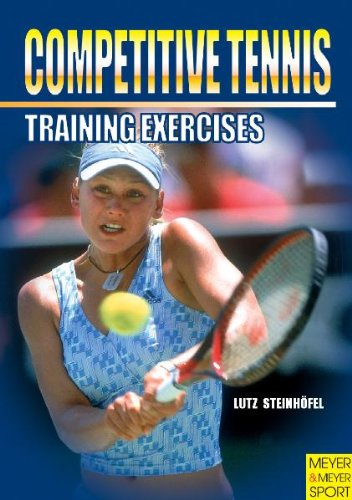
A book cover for Competitive Tennis: Training Exercises; Lutz Steinhofel; Sports & Outdoors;